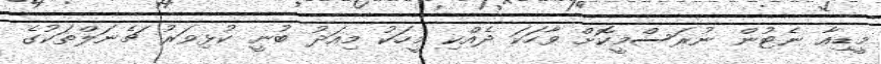
މީޑިއާ ނެޓުން ނުރަސްމީކޮށް ވާހަކަ ދެއްކި މީހަކު މިއަދު ބުނީ ކުޅިވަރު ޗެނަލްތަކުގެ